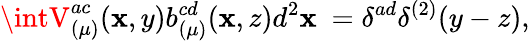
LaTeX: \intV_{(\mu)}^{ac}(\mathbf{x},y)b_{(\mu)}^{cd}(\mathbf{x},z)d^{2}\mathbf{x}~=\delta^{ad}\delta^{(2)}(y-z),